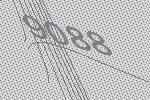
9088